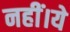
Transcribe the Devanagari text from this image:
नहीं।ये